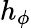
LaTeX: h_{\phi}